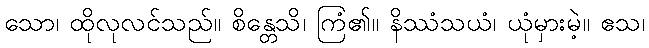
သော၊ ထိုလုလင်သည်။ စိန္တေသိ၊ ကြံ၏။ နိဿံသယံ၊ ယုံမှားမဲ့။ ဧသ၊